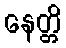
နေတ္တိ